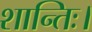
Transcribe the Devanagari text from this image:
शान्तिः।